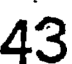
43